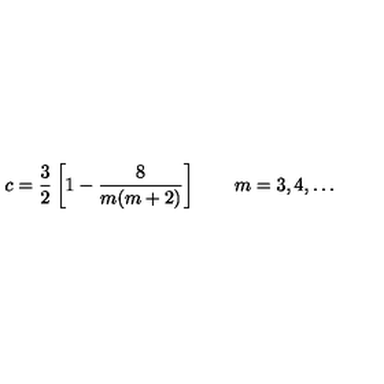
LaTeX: c = \frac { 3 } { 2 } \left[ 1 - \frac { 8 } { m ( m + 2 ) } \right] \qquad m = 3 , 4 , \ldots